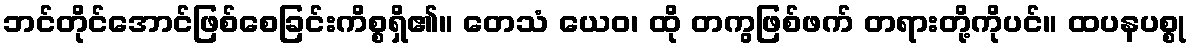
ဘင်တိုင်အောင်ဖြစ်စေခြင်းကိစ္စရှိ၏။ တေသံ ယေဝ၊ ထို တကွဖြစ်ဖက် တရားတို့ကိုပင်။ ထပနပစ္စု